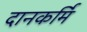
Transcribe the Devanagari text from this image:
दानकर्मि